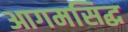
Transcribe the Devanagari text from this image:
आगमसिद्ध